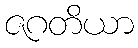
ဇဂတိယာ